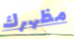
مظهرك